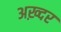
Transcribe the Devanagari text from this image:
अख़्दर